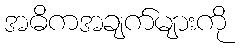
အဓိကအချက်များကို